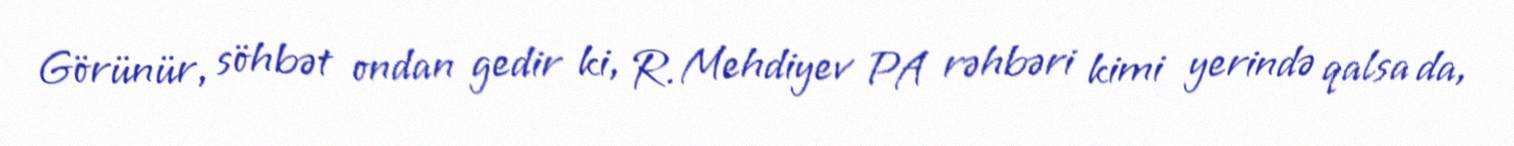
Görünür, söhbət ondan gedir ki, R. Mehdiyev PA rəhbəri kimi yerində qalsa da,